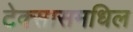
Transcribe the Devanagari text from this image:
टेक्सासमधिल